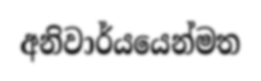
අනිවාර්යයෙන්මත